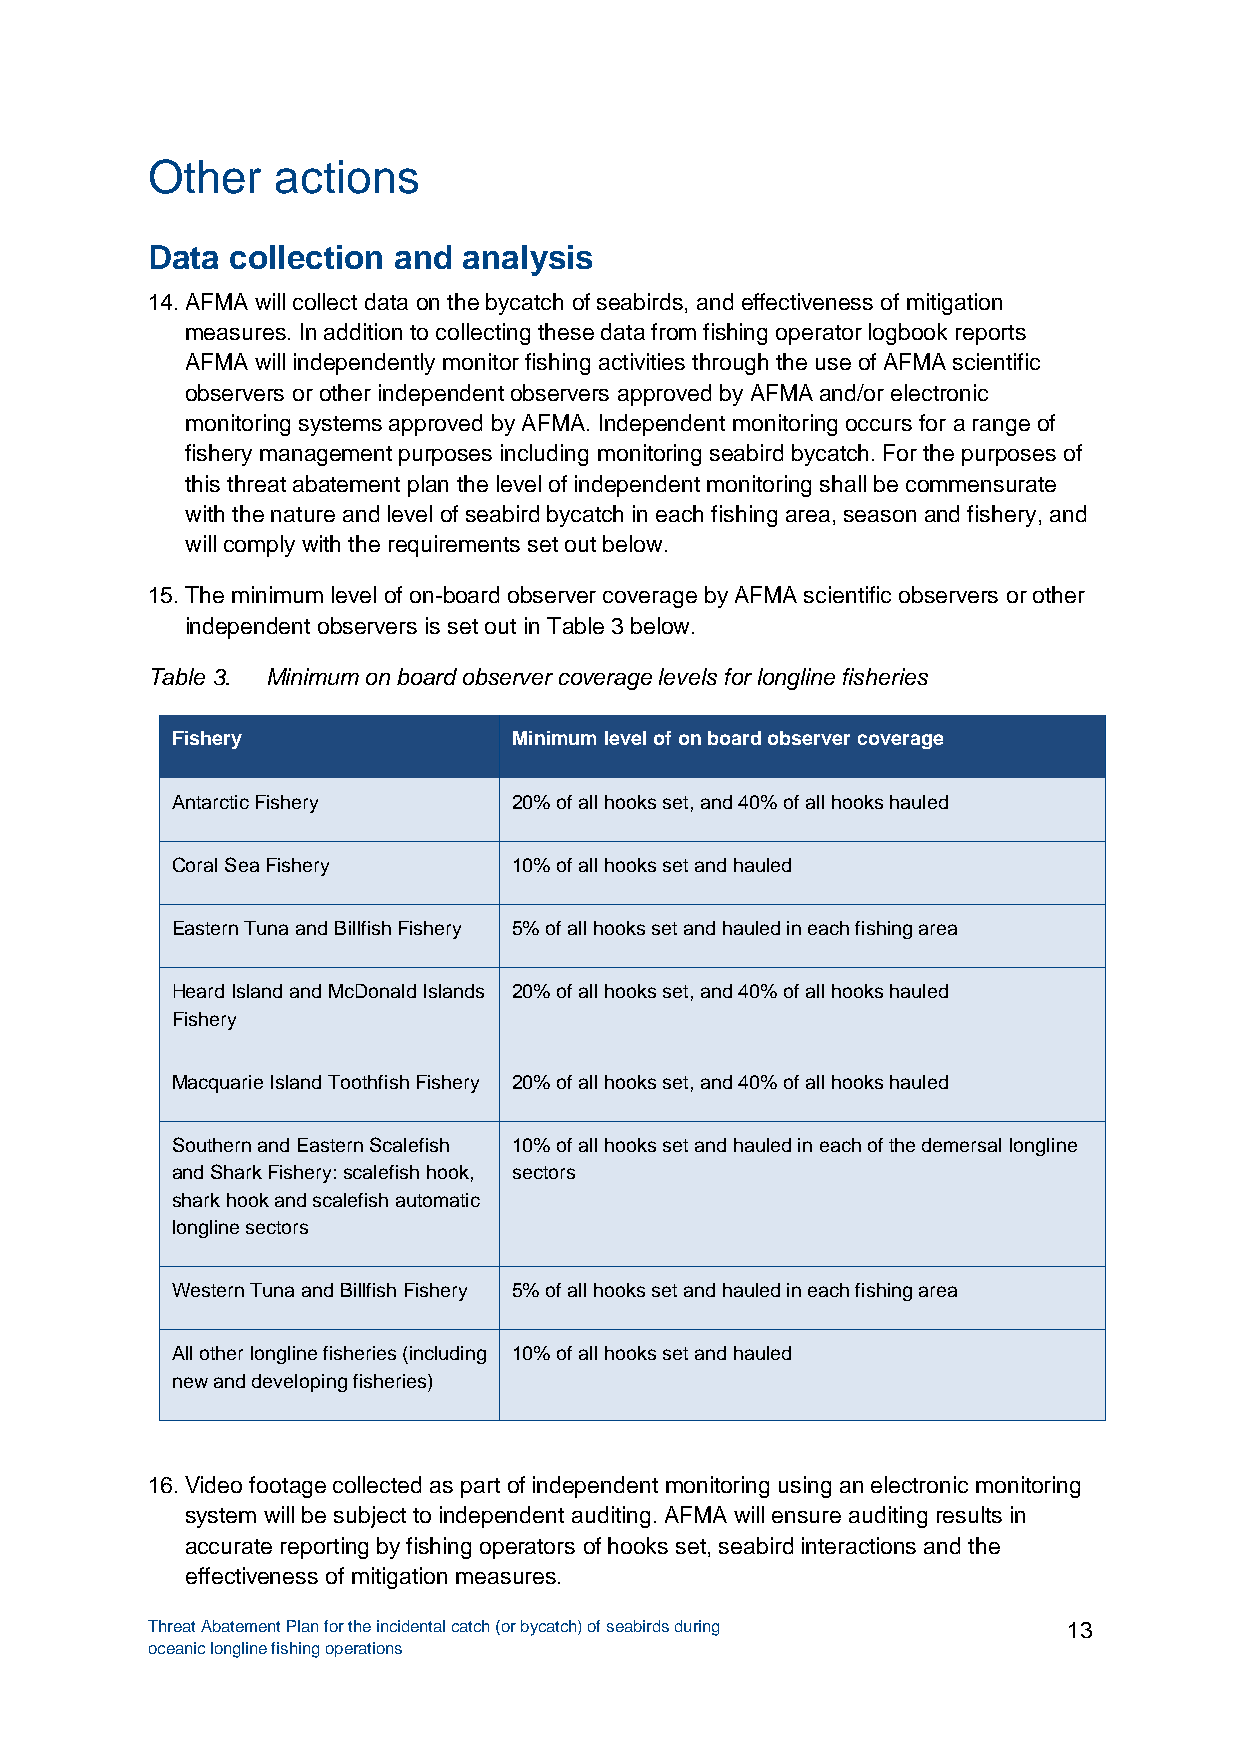
Other   actions
 Data collection and  analysis
 14. AFMA will collect data on the bycatch of seabirds, and effectiveness of mitigation
 measures. In addition to collecting these data from fishing operator logbook reports
 AFMA will independently monitor fishing activities through the use of AFMA scientific
 observers or other independent observers approved by AFMA and/or electronic
 monitoring systems approved by AFMA. Independent monitoring occurs for a range of
 fishery management purposes including monitoring seabird bycatch. For the purposes of
 this threat abatement plan the level of independent monitoring shall be commensurate
 with the nature and level of seabird bycatch in each fishing area, season and fishery, and
 will comply with the requirements set out below.
 15. The minimum level of on-board observer coverage by AFMA scientific observers or other
 independent observers is set out in Table 3 below.
 Table 3. Minimum on board observer coverage levels for longline fisheries
 Fishery                Minimum level of on board observer coverage
 Antarctic Fishery      20% of all hooks set, and 40% of all hooks hauled
 Coral Sea Fishery      10% of all hooks set and hauled
 Eastern Tuna and Billfish Fishery 5% of all hooks set and hauled in each fishing area
 Heard Island and McDonald Islands 20% of all hooks set, and 40% of all hooks hauled
 Fishery
 Macquarie Island Toothfish Fishery 20% of all hooks set, and 40% of all hooks hauled
 Southern and Eastern Scalefish 10% of all hooks set and hauled in each of the demersal longline
 and Shark Fishery: scalefish hook, sectors
 shark hook and scalefish automatic
 longline sectors
 Western Tuna and Billfish Fishery 5% of all hooks set and hauled in each fishing area
 All other longline fisheries (including 10% of all hooks set and hauled
 new and developing fisheries)
 16. Video footage collected as part of independent monitoring using an electronic monitoring
 system will be subject to independent auditing. AFMA will ensure auditing results in
 accurate reporting by fishing operators of hooks set, seabird interactions and the
 effectiveness of mitigation measures.
 Threat Abatement Plan for the incidental catch (or bycatch) of seabirds during 13
 oceanic longline fishing operations